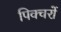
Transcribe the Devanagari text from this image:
पिक्चरों